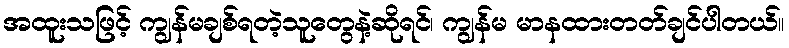
အထူးသဖြင့် ကျွန်မချစ်ရတဲ့သူတွေနဲ့ဆိုရင်၊ ကျွန်မ မာနထားတတ်ချင်ပါတယ်။